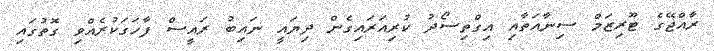
ރާއްޖޭގެ ޓޫރިޒަމް ސިނާއަތާއި އިގްތިސޯދު ކުރިއަރައިގެން ދިޔައީ ނައިބު ރައީސް ފާހަގަކުރެއްވި ގޮތުގައި